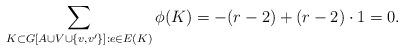
LaTeX: \begin{align*}\sum_{K\subset G[A\cup V\cup \{v,v'\}]:e\in E(K)}\phi(K)=- (r-2)+(r-2)\cdot 1=0.\end{align*}